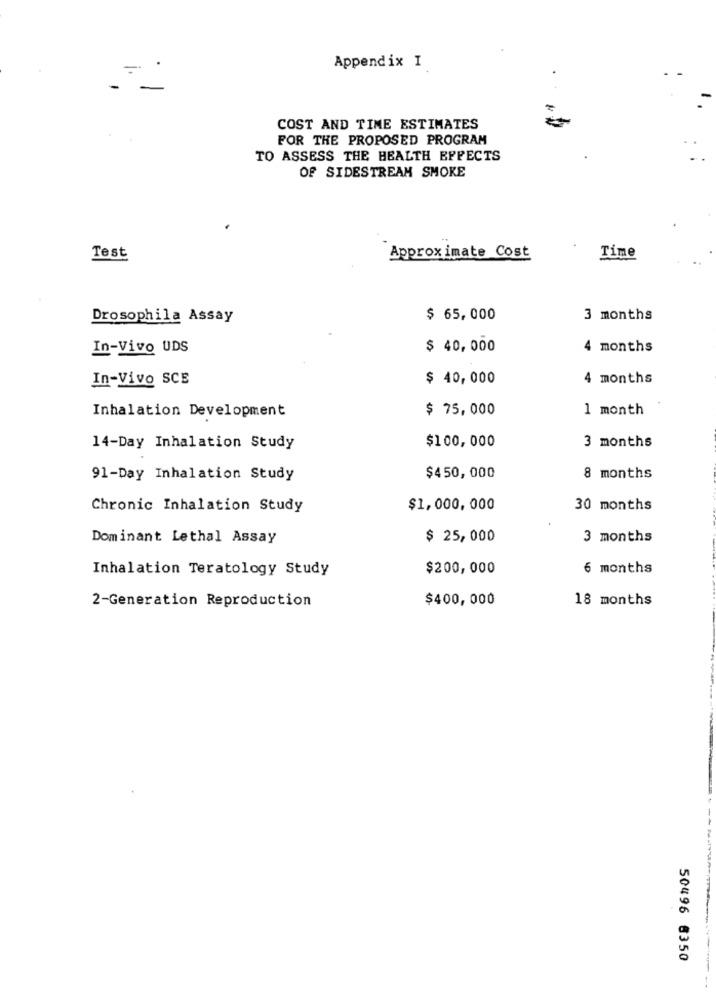
Appendix I
-
COST AND TIME ESTIMATES
FOR THE PROPOSED PROGRAM
TO ASSESS THE HEALTH EFFECTS
OF SIDESTREAM SMOKE
Approximate Cost
Test
Time
Drosophila Assay
$ 65,000
3 months
In-Vivo UDS
$ 40,000
4 months
In-Vivo SCE
$ 40,000
4 months
Inhalation Development
$ 75,000
1 month
$100,000
3 months
14-Day Inhalation Study
91-Day Inhalation Study
$450,000
8 months
Chronic Inhalation Study
$1,000,000
30 months
Dominant Lethal Assay
$ 25,000
3 months
Inhalation Teratology Study
$200,000
6 months
2-Generation Reproduction
$400,000
18 months
50496 6350